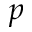
p